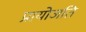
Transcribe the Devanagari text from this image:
प्रायोजति